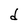
Character: d